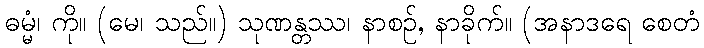
ဓမ္မံ၊ ကို။ (မေ၊ သည်။) သုဏန္တဿ၊ နာစဉ်, နာခိုက်။ (အနာဒရေ စေတံ